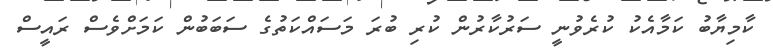
ކާމިޔާބު ކަމާއެކު ކުރެވުނީ ސަރުކާރުން ކުރި ބުރަ މަސައްކަތުގެ ސަބަބުން ކަމަށްވެސް ރައީސް